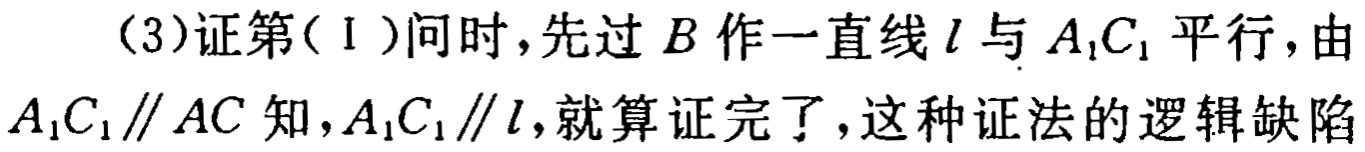
（3）证第（Ⅰ）问时，先过\(B\)作一直线\(l\)与\(A_{1}C_{1}\)平行，由\(A_{1}C_{1}\parallel AC\)知，\(A_{1}C_{1}\parallel l\)，就算证完了，这种证法的逻辑缺陷